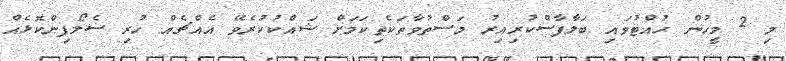
މި 2 މީހުން ހުއްޓުވައި ބަލާފާސްކުރިއިރު މަސްތުވާތަކެތިކަމަށް ޝައްކުކުރެވޭ އެއްޗެއް ހުރި ސެލޯފިންކޮޅެއް